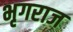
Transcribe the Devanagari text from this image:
भृगराज